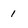
Character: 1